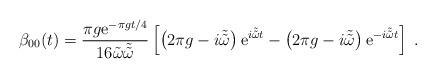
LaTeX: \begin{align*}\beta_{00}(t)=\frac{\pi g{\rm e}^{-\pi g t/4}}{16\tilde{\omega}\tilde{\tilde{\omega}}}\left[\left(2\pi g-i\tilde{\tilde{\omega}}\right){\rm e}^{i\tilde{\tilde{\omega}}t}-\left(2\pi g-i\tilde{\tilde{\omega}} \right){\rm e}^{-i\tilde{\tilde{\omega}}t}\right]\;.\end{align*}